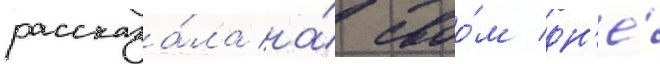
рассказа́ла на́ своо́м дн'е́